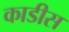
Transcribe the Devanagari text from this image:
काडीस